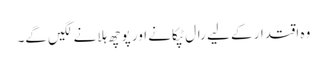
وہ اقتدار کے لیے رال ٹپکانے اور پوچھ ہلانے لگیں گے۔